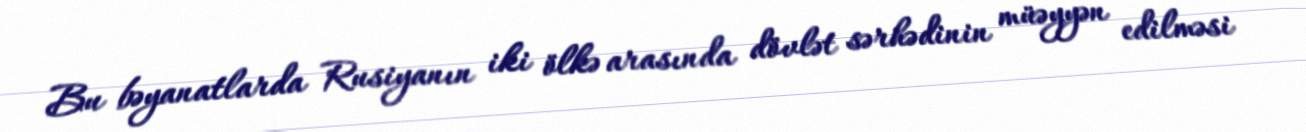
Bu bəyanatlarda Rusiyanın iki ölkə arasında dövlət sərhədinin müəyyən edilməsi